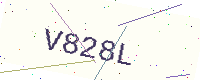
Text: V828L